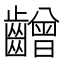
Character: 𪙭